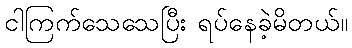
ငါကြက်သေသေပြီး ရပ်နေခဲ့မိတယ်။